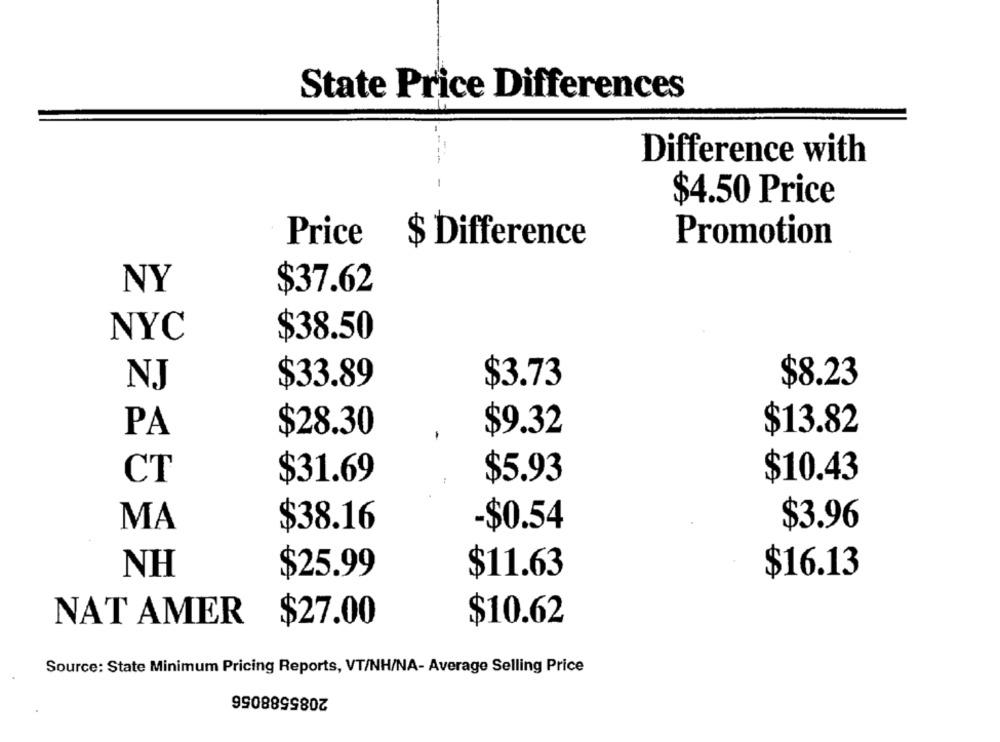
State Price Differences
---
Difference with
-
$4.50 Price
Price
£
Promotion
$ Difference
NY
$37.62
NYC
$38.50
NJ
$33.89
$3.73
$8.23
$28.30
$9.32
$13.82
PA
CT
$31.69
$5.93
$10.43
MA
-$0.54
$3.96
$38.16
NH
$25.99
$11.63
$16.13
NAT AMER
$27.00
$10.62
Source: State Minimum Pricing Reports, VT/NH/NA- Average Selling Price
2085588056